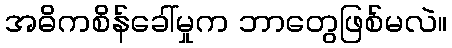
အဓိကစိန်ခေါ်မှုက ဘာတွေဖြစ်မလဲ။